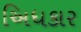
અિધકાર